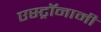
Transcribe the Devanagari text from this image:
एस्‍ट्रॉनामी